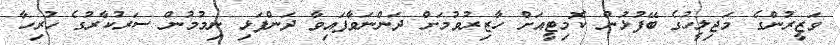
ވަޒީރުންގެ މަޖިލީހުގެ ބޭފުޅުން ކޮމިޓީއަށް ހާޒިރުވުމަށް ދަންނަވާފައިވާ ދަންފަޅި ނިމުމުން ސަރުކާރުގެ ހުރިހާ